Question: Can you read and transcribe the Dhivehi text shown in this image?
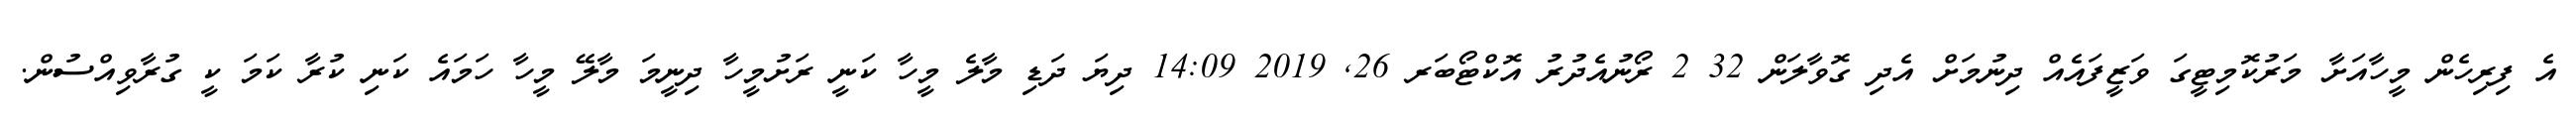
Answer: އެ ފިރިހެން މީހާއަށާ މަރުކޮމިޓީގަ ވަޒީފައެއް ދިނުމަށް އެދި ގޮވާލަން 32 2 ރޯނުއެދުރު އޮކްޓޯބަރ 26, 2019 14:09 ދިޔަ ދަޑި މާލެ މީހާ ކަނީ ރަށުމީހާ ދިނީމަ މާލޭ މީހާ ހަމައެ ކަނި ކުރާ ކަމަ ކީ ގުރާވިއްސުން.